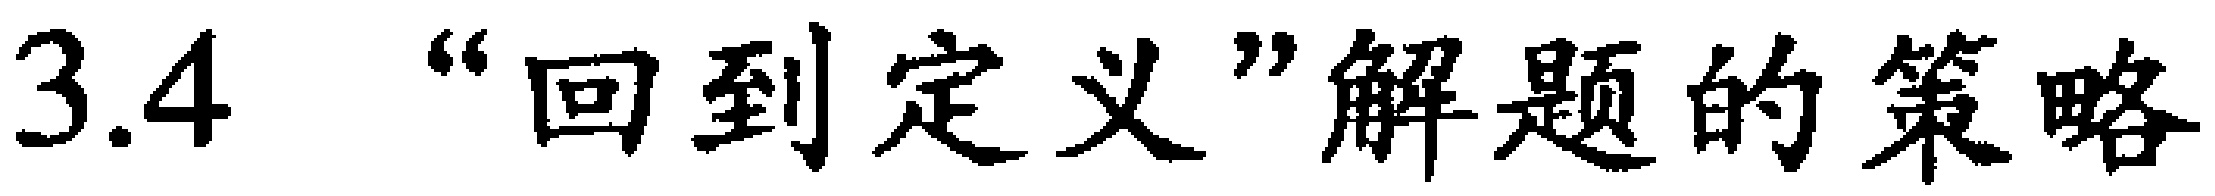
3.4 “回到定义”解题的策略